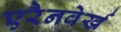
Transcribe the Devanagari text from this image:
एरैनवेर्ख